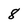
Character: 8